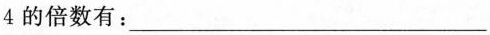
4的倍数有：___